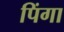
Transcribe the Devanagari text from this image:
पिंगा